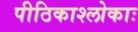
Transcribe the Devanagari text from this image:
पीठिकाश्लोकाः